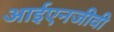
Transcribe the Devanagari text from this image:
आईएनजीवी